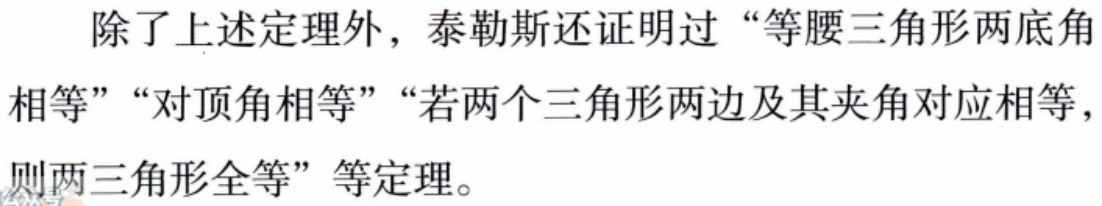
除了上述定理外，泰勒斯还证明过“等腰三角形两底角相等”“对顶角相等”“若两个三角形两边及其夹角对应相等，则两三角形全等”等定理。